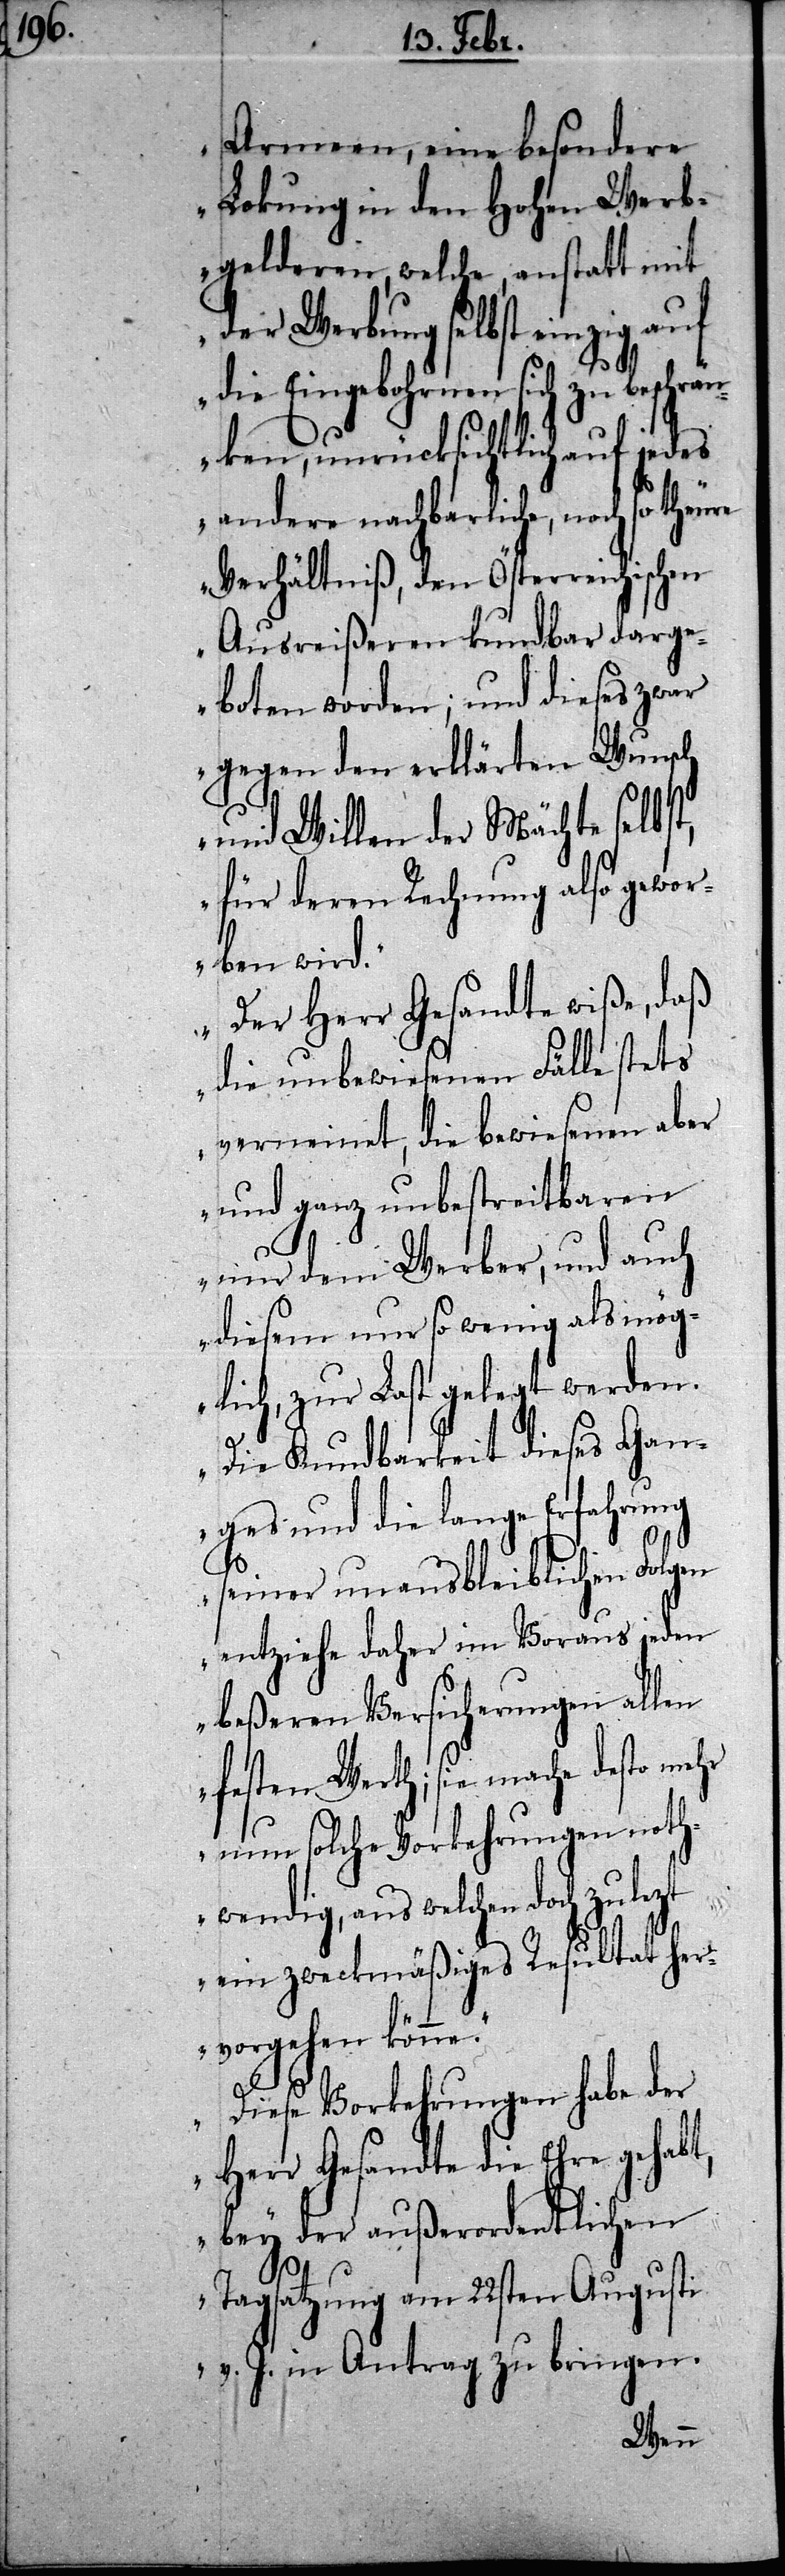
Armeen, eine besondere
Lokung in den Hohen Werb¬
gelderen, welche, anstatt mit
der Werbung selbst einzig auf
die Eingebohrnen sich zu beschrän¬
ken, unrücksichtlich auf jedes
andere nachbarliche, noch so theu¬
Verhältniß, den Österreischischen
Ausreißeren kundbar darge¬
boten worden; und dieses zwar
gegen den erklärten Wunsch
und Willen der Mächte selbst,
für deren Rechnung also gewor¬
ben wird.
Der Herr Gesandte wiße, daß
die unbewiesenen Fälle stets
verneinet, die bewiesenen aber
und ganz unbestreitbaren
nur dem Werber, und auch
diesem nur so wenig als mög¬
lich, zur Last gelegt werden.
Die Kundbarkeit dieses Gan¬
ges und die lange Erfahrung
seiner unausbleiblichen Folgen
entziehe daher im Voraus jeden
beßeren Versicherungen allen
festen Werth; sie mache desto
nun solche Vorkehrungen noth¬
wendig, aus welchen doch zulezt
ein zweckmäßiges Resultat her¬
vorgehen könne.
Diese Vorkehrungen habe der
Herr Gesandte die Ehre gehabt,
bey der außerordentlichen
re
Tagsatzung am 22sten Agusti
v. J. in Antrag zu bringen.